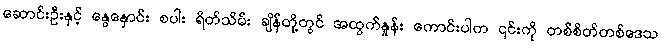
ဆောင်းဦးနှင့် နွေနှောင်း စပါး ရိတ်သိမ်း ချိန်တို့တွင် အထွက်နှုန်း ကောင်းပါက ၎င်းကို တစ်စိတ်တစ်ဒေသ